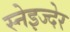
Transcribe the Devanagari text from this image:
स्नेइज्देर